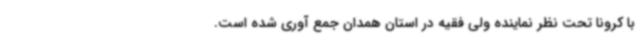
با کرونا تحت نظر نماینده ولی فقیه در استان همدان جمع آوری شده است.